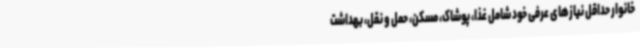
خانوار حداقل نیازهای عرفی خود شامل غذا، پوشاک، مسکن، حمل و نقل، بهداشت